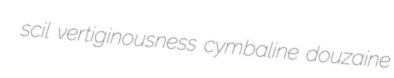
scil vertiginousness cymbaline douzaine